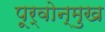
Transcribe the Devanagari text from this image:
पूर्वोन्मुख